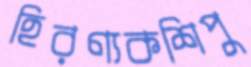
হিরণ্যকশিপু